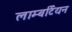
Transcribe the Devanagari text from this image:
लाम्बर्टियन